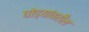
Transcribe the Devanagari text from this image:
घोड्यांवरील